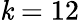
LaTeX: \mathit{k}=12